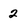
Character: 2